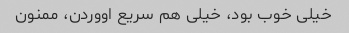
خیلی خوب بود، خیلی هم سریع اووردن، ممنون